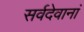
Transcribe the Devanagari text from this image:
सर्वदेवानां